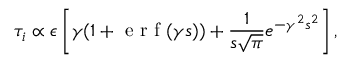
\tau _ { i } \propto \epsilon \left[ \gamma ( 1 + \mathrm { ~ e ~ r ~ f ~ } ( \gamma s ) ) + \frac { 1 } { s \sqrt { \pi } } e ^ { - \gamma ^ { 2 } s ^ { 2 } } \right] ,